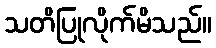
သတိပြုလိုက်မိသည်။